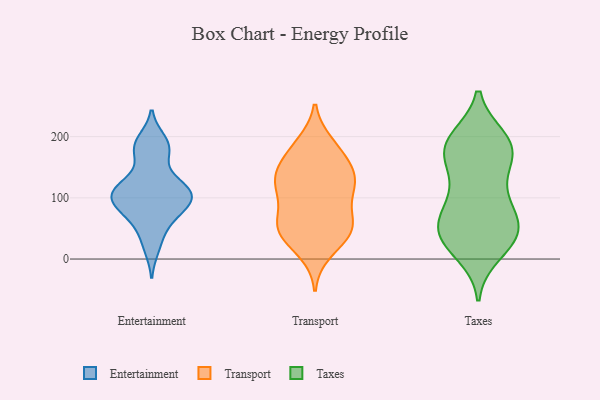
{"axis": {"x": "Net Income (USD K)", "y": "Value"}, "legend": ["Entertainment", "Taxes", "Transport"], "data": [{"x": "", "y": 42, "type": "Entertainment"}, {"x": "", "y": 106, "type": "Entertainment"}, {"x": "", "y": 90, "type": "Entertainment"}, {"x": "", "y": 194, "type": "Entertainment"}, {"x": "", "y": 105, "type": "Entertainment"}, {"x": "", "y": 76, "type": "Entertainment"}, {"x": "", "y": 98, "type": "Entertainment"}, {"x": "", "y": 125, "type": "Entertainment"}, {"x": "", "y": 111, "type": "Entertainment"}, {"x": "", "y": 69, "type": "Entertainment"}, {"x": "", "y": 187, "type": "Entertainment"}, {"x": "", "y": 119, "type": "Entertainment"}, {"x": "", "y": 169, "type": "Entertainment"}, {"x": "", "y": 116, "type": "Entertainment"}, {"x": "", "y": 179, "type": "Entertainment"}, {"x": "", "y": 18, "type": "Entertainment"}, {"x": "", "y": 83, "type": "Entertainment"}, {"x": "", "y": 68, "type": "Transport"}, {"x": "", "y": 49, "type": "Transport"}, {"x": "", "y": 13, "type": "Transport"}, {"x": "", "y": 46, "type": "Transport"}, {"x": "", "y": 139, "type": "Transport"}, {"x": "", "y": 187, "type": "Transport"}, {"x": "", "y": 129, "type": "Transport"}, {"x": "", "y": 122, "type": "Transport"}, {"x": "", "y": 49, "type": "Transport"}, {"x": "", "y": 46, "type": "Transport"}, {"x": "", "y": 120, "type": "Transport"}, {"x": "", "y": 95, "type": "Transport"}, {"x": "", "y": 178, "type": "Transport"}, {"x": "", "y": 172, "type": "Transport"}, {"x": "", "y": 49, "type": "Transport"}, {"x": "", "y": 145, "type": "Transport"}, {"x": "", "y": 120, "type": "Transport"}, {"x": "", "y": 52, "type": "Taxes"}, {"x": "", "y": 185, "type": "Taxes"}, {"x": "", "y": 193, "type": "Taxes"}, {"x": "", "y": 66, "type": "Taxes"}, {"x": "", "y": 196, "type": "Taxes"}, {"x": "", "y": 62, "type": "Taxes"}, {"x": "", "y": 178, "type": "Taxes"}, {"x": "", "y": 49, "type": "Taxes"}, {"x": "", "y": 29, "type": "Taxes"}, {"x": "", "y": 106, "type": "Taxes"}, {"x": "", "y": 159, "type": "Taxes"}, {"x": "", "y": 91, "type": "Taxes"}, {"x": "", "y": 158, "type": "Taxes"}, {"x": "", "y": 31, "type": "Taxes"}, {"x": "", "y": 37, "type": "Taxes"}, {"x": "", "y": 106, "type": "Taxes"}, {"x": "", "y": 10, "type": "Taxes"}, {"x": "", "y": 38, "type": "Taxes"}, {"x": "", "y": 175, "type": "Taxes"}, {"x": "", "y": 190, "type": "Taxes"}]}